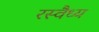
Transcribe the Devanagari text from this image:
रस्वैध्य